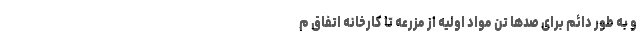
و به طور دائم برای صدها تن مواد اولیه از مزرعه تا کارخانه اتفاق م